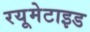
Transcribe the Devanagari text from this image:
रयूमेटाइड